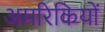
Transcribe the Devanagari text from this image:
अमरिकियों